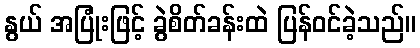
နွယ် အပြုံးဖြင့် ခွဲစိတ်ခန်းထဲ ပြန်ဝင်ခဲ့သည်။